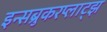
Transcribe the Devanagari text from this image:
इन्सब्रुकरप्लाट्झ